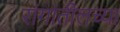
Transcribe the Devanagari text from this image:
रांगांतीलच्या